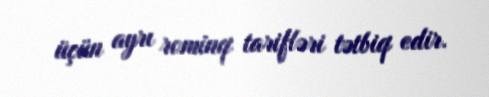
üçün ayrı rominq tarifləri tətbiq edir.